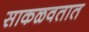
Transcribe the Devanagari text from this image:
साकळवतात